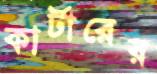
কার্টারের